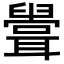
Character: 𦗶